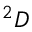
{ } ^ { 2 } D